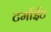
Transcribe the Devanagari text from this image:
टर्माईट